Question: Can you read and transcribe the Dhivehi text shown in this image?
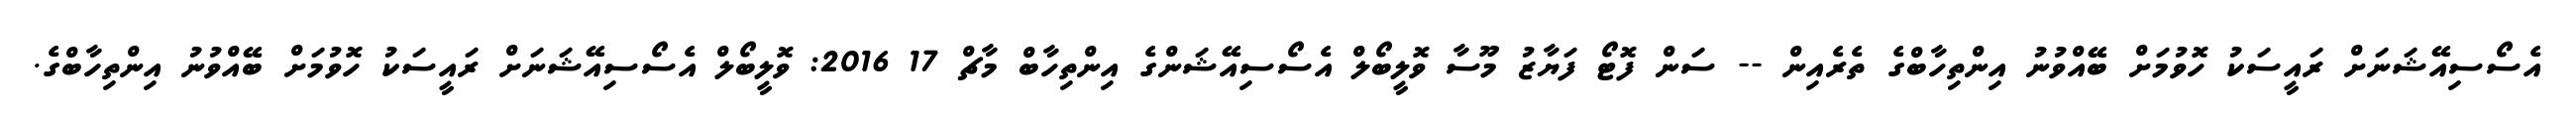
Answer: އެސޯސިއޭޝަނަށް ރައީސަކު ހޮވުމަށް ބޭއްވުނު އިންތިހާބްގެ ތެރެއިން -- ސަން ފޮޓޯ ފަޔާޒު މޫސާ ވޮލީބޯލް އެސޯސިއޭޝަންގެ އިންތިހާބް މާޗް 17 2016: ވޮލީބޯލް އެސޯސިއޭޝަނަށް ރައީސަކު ހޮވުމަށް ބޭއްވުނު އިންތިހާބްގެ.